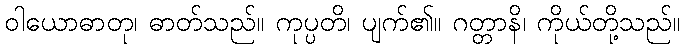
ဝါယောဓာတု၊ ဓာတ်သည်။ ကုပ္ပတိ၊ ပျက်၏။ ဂတ္တာနိ၊ ကိုယ်တို့သည်။